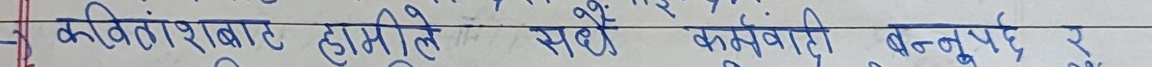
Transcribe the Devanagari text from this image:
कवितांशबाट हामीले सधैं कर्मवादी बन्नुपर्दछ।